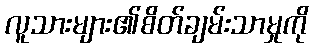
လူသားများ၏စိတ်ချမ်းသာမှုကို